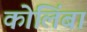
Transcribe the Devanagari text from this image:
कोलिंबा